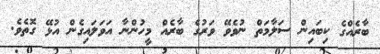
ބާރެއްގެ ކިބައިން ސަލާމަތް ނުވެވޭ ވަރުގެ ބާރެއް މީހުންނާ އަވަލައިގެން އުޅޭ ގޮތެވެ.